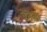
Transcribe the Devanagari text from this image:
घेतेला